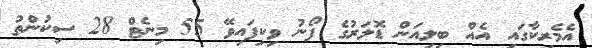
އެމެރިކާގައި އެއް ބިލިއަން ޑޮލަރުގެ ފޯނު ވިކިފައިވޭ 55 މިނެޓް 28 ސިކުންތު